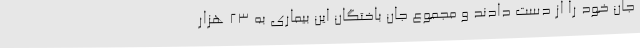
جان خود را از دست دادند و مجموع جان باختگان این بیماری به 23 هزار